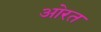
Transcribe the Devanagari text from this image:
ओरत